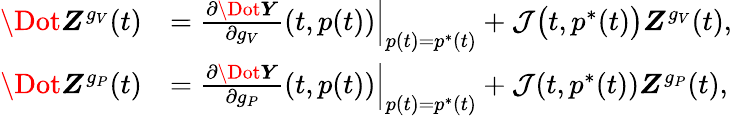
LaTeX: \begin{array}{rl}{\Dot{\boldsymbol{Z}}^{g_{V}}(t)}&{=\frac{\partial\Dot{\boldsymbol{Y}}}{\partial g_{V}}(t,p(t))\Big|_{p(t)=p^{*}(t)}+\mathcal{J}\big(t,p^{*}(t)\big)\boldsymbol{Z}^{g_{V}}(t),}\\ {\Dot{\boldsymbol{Z}}^{g_{P}}(t)}&{=\frac{\partial\Dot{\boldsymbol{Y}}}{\partial g_{P}}(t,p(t))\Big|_{p(t)=p^{*}(t)}+\mathcal{J}(t,p^{*}(t))\boldsymbol{Z}^{g_{P}}(t),}\end{array}